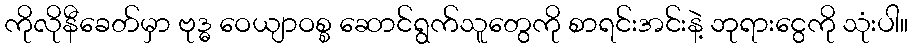
ကိုလိုနီခေတ်မှာ ဗုဒ္ဓ ဝေယျာဝစ္စ ဆောင်ရွက်သူတွေကို စာရင်းအင်းနဲ့ ဘုရားငွေကို သုံးပါ။